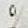
%